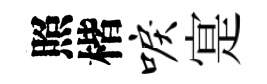
照楷唳寔